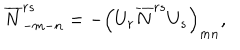
\overline { { { N } } } _ { - m - n } ^ { r s } = - \left( U _ { r } \overline { { { N } } } ^ { r s } U _ { s } \right) _ { m n } ,